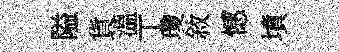
隘貨溫丁瓊敘憾墳